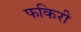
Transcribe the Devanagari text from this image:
फकिरी